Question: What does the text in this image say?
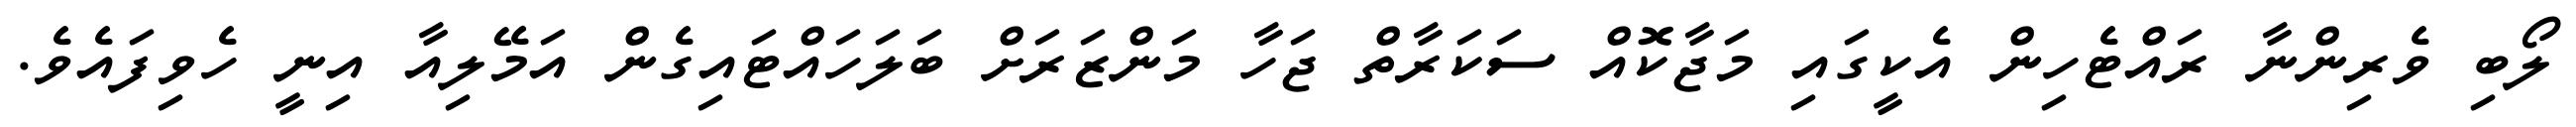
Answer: ލޯބި ވެރިންނާ ރައްޓެހިން އެކީގައި މަޖާކޮއް ސަކަރާތް ޖަހާ މަންޒަރަށް ބަލަހައްޓައިގެން އަމޭލިއާ އިނީ ހެވިފައެވެ.